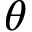
\boldsymbol { \theta }